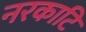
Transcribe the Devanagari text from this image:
नरकाटि